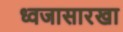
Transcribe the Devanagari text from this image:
ध्वजासारखा